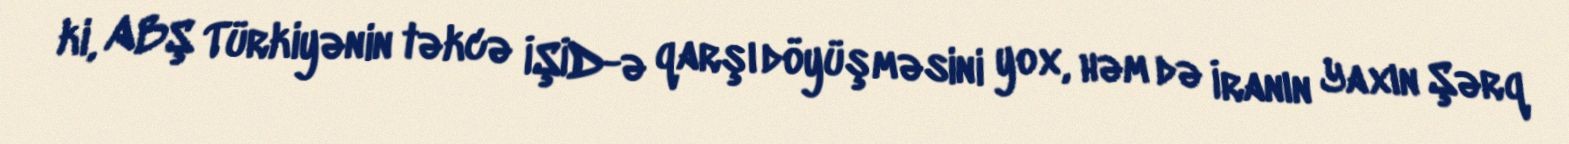
ki, ABŞ Türkiyənin təkcə İŞİD-ə qarşı döyüşməsini yox, həm də İranın Yaxın Şərq